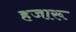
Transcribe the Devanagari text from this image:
हजारू